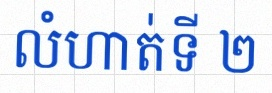
លំហាត់ទី ២